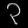
Digit: ၃